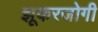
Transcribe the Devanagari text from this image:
झूकरजोगी